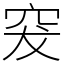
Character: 𥥛